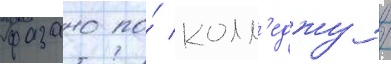
фазано по́ колл'еджу /